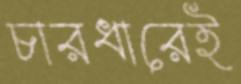
চারধারেই